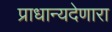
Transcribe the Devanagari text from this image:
प्राधान्यदेणारा